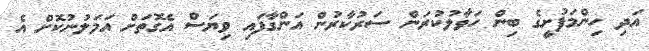
އަދި ހިންމަފުށީގެ ބިން ހަވާލުކުރަން ސަރުކާރުން އަންގާފައި ވިޔަސް އެގޮތަށް އަމަލުނުކޮށް އެ